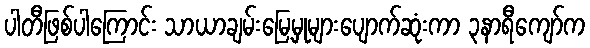
ပါတီဖြစ်ပါကြောင်း သာယာချမ်းမြေ့မှုများပျောက်ဆုံးကာ ၃နာရီကျော်က